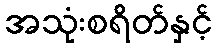
အသုံးစရိတ်နှင့်